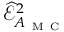
\widehat { \mathcal { E } } _ { A _ { \mathrm { ~ M ~ C ~ } } } ^ { 2 }